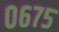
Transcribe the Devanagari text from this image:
०६७५